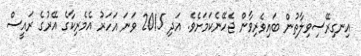
އިނގިރޭސިވިލާތުން ބައިވެރިވާން ޖެހޭނެކަމަށެވެ. އަދި 2015 ވަނަ އަހަރު އެމެރިކާގެ އޭރުގެ ރައީސް